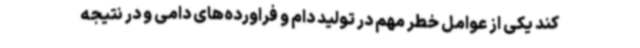
کند یکی از عوامل خطر مهم در تولید دام و فراورده‌های دامی و در نتیجه